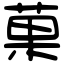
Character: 菓